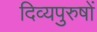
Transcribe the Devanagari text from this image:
दिव्यपुरुषों